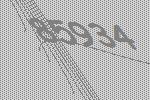
85934